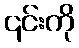
၎င်းကို